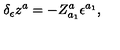
\delta _ { \epsilon } z ^ { a } = - Z _ { a _ { 1 } } ^ { a } \epsilon ^ { a _ { 1 } } ,